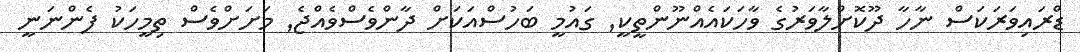
ޑްރައިވަރަކަސް ނާހާ ދޫކޮށްލާވަރުގެ ވާހަކައެއްނޫންތީކީ